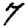
Digit: 7